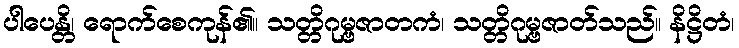
ပါပေန္တိ၊ ရောက်စေကုန်၏။ သတ္တိဂုမ္ဗဇာတကံ၊ သတ္တိဂုမ္ဗဇာတ်သည်။ နိဋ္ဌိတံ၊